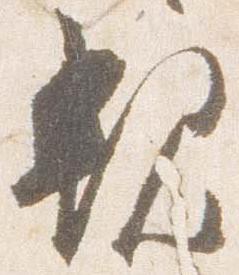
親